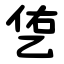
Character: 㐛